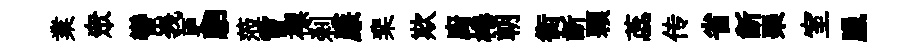
業衆轡峩更駟蒞嘗褾刹廉棐欺廚棬朝衡齗顆蕊传省齗琹室臘